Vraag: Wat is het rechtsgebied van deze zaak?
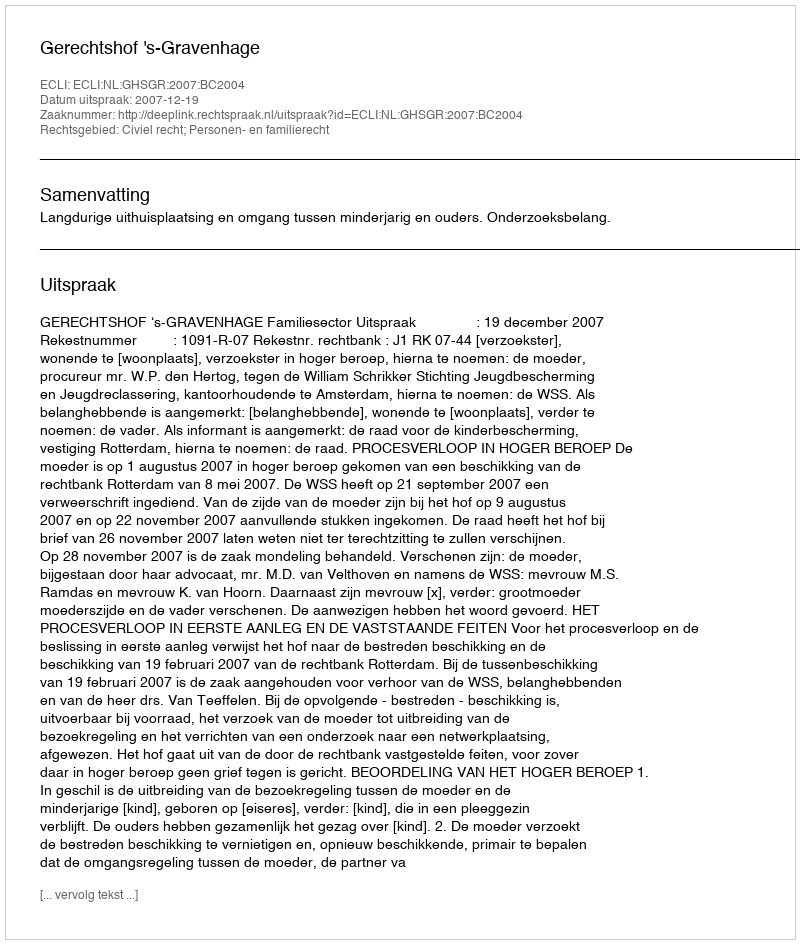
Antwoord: Civiel recht; Personen- en familierecht